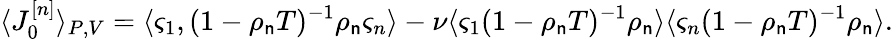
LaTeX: \langle J_{0}^{[n]}\rangle_{P,V}=\langle\varsigma_{1},(1-\rho_{\mathsf{n}}T)^{-1}\rho_{\mathsf{n}}\varsigma_{n}\rangle-\nu\langle\varsigma_{1}(1-\rho_{\mathsf{n}}T)^{-1}\rho_{\mathsf{n}}\rangle\langle\varsigma_{n}(1-\rho_{\mathsf{n}}T)^{-1}\rho_{\mathsf{n}}\rangle.